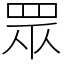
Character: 眾